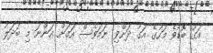
އަގު ބޮޑުވެ މަހުގެ އަގު ދަށްވި ނަމަވެސް އަގަށް އަންނަ މި ބަދަލު